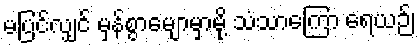
မပြင်လျှင် မှန်စွာမျောမှာမို့ သံသာကြော ရေယဉ်၊